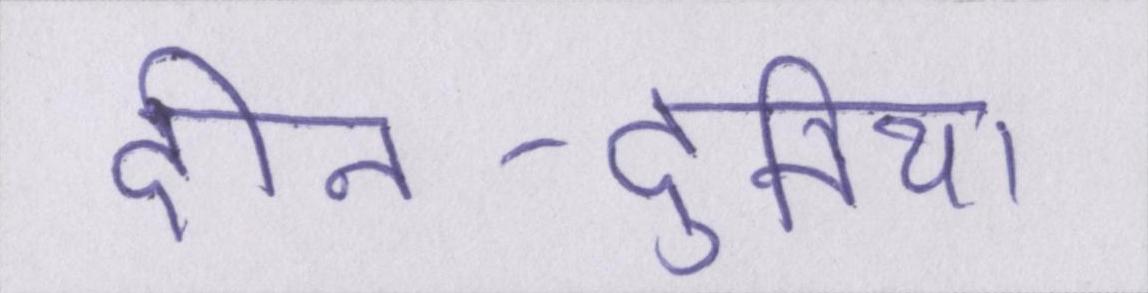
दीन-दुनिया